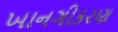
ખાનગીકરણ